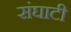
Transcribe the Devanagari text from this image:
संघाटी